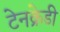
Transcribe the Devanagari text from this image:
टेनक्रेडी